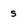
Character: 5